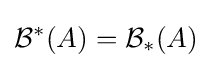
{\mathcal {B}}^{*}(A)={\mathcal {B}}_{*}(A)